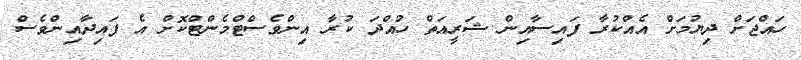
ހައްޖަށް ދިޔުމަށް އެއްކުރާ ފައިސާއިން ޝަރީއަތް ހުއްދަ ކުރާ އިންވެސްޓްމެންޓްކޮށް އެ ފައިދާއިންވެސް